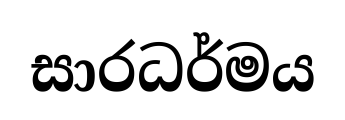
සාරධර්මය